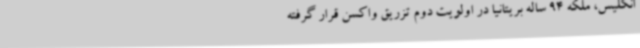
انگلیس، ملکه 94 ساله بریتانیا در اولویت دوم تزریق واکسن قرار گرفته